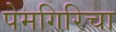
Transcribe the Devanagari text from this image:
पेमगिरिचा